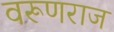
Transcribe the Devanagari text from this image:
वरूणराज